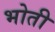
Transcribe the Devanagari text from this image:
भोती